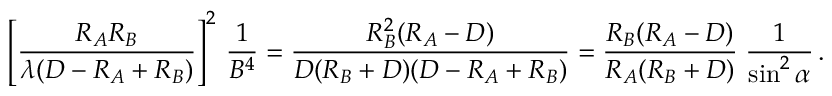
\left[ { \frac { R _ { A } R _ { B } } { \lambda ( D - R _ { A } + R _ { B } ) } } \right] ^ { 2 } \, { \frac { 1 } { B ^ { 4 } } } = { \frac { R _ { B } ^ { 2 } ( R _ { A } - D ) } { D ( R _ { B } + D ) ( D - R _ { A } + R _ { B } ) } } = { \frac { R _ { B } ( R _ { A } - D ) } { R _ { A } ( R _ { B } + D ) } } \; { \frac { 1 } { \sin ^ { 2 } \alpha } } \, .